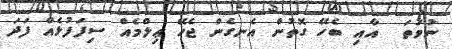
ނުވަތަ  އާއި ބެހޭ ގޮތުން އެނގެން ޖެހޭ ޢިލްމެއް ސިފަފުޅެއް ފަދަ